Indian journal of veterinary science and animal husbandry - Volumes 15-17, 1948-1951
Year: 1948
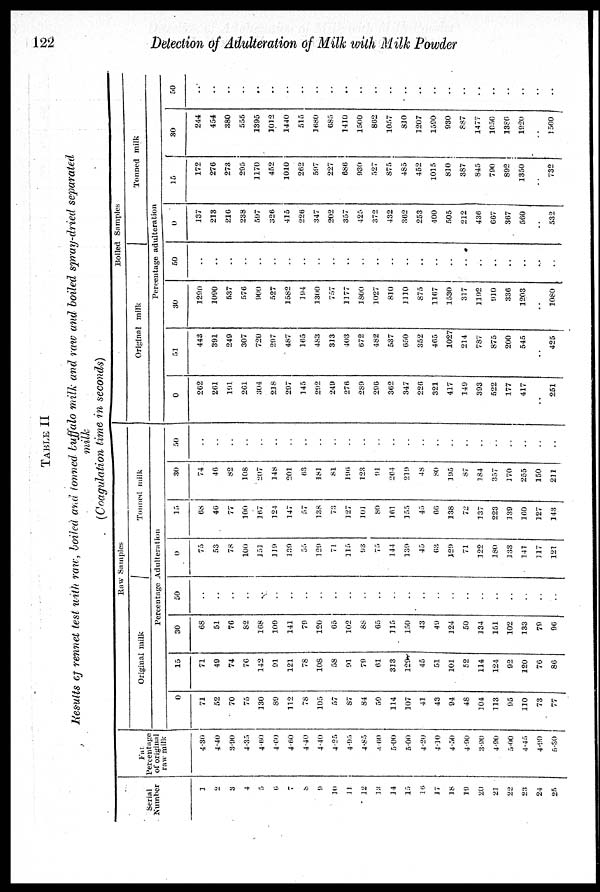
122
Detection of Adulteration of Milk with Milk Powder
TABLE II
Results of rennet test with raw, boiled and tonned buffalo milk and raw and boiled spray-dried separated
milk
(Coagulation time in seconds)
Serial
Number
1
2
3
4
5
6
7
8
9
10
11
12
13
14
15
16
17
18
19
20
21
22
23
24
25
Fat
Percentage
of original
raw milk
4.30
4.40
3.90
4.35
4.60
4.60
4.60
4.40
4.40
4.25
4.95
4.85
4.60
5.00
5.00
4.20
4.10
4.50
4.90
3.90
4.90
5.00
4.45
4.90
5.30
Raw Samples
Original milk
Tonned milk
Percentage Adulteration
0
71
52
70
75
130
89
112
78
305
57
87
84
59
114
107
41
43
94
48
104
113
95
110
73
77
15
71
49
74
76
142
91
121
78
108
58
91
79
61
313
129
45
51
101
52
114
124
92
120
76
86
30
68
51
76
82
168
109
141
79
120
65
102
88
65
115
150
43
49
124
50
134
151
102
133
79
96
50
. .
. .
. .
. .
. .
. .
. .
. .
. .
. .
. .
. .
. .
. .
. .
. .
. .
. .
. .
. .
. .
. .
. .
. .
. .
0
75
53
78
100
151
119
139
55
129
71
115
93
75
144
139
45
63
129
71
122
180
133
141
117
121
15
68
46
77
100
167
124
147
57
138
73
127
101
80
161
155
45
66
138
72
137
223
139
160
127
143
30
74
46
82
108
207
148
201
63
181
81
196
123
91
264
219
48
80
195
87
184
357
170
255
150
211
50
. .
. .
. .
. .
. .
. .
. .
. .
. .
. .
. .
. .
. .
. .
. .
. .
. .
. .
. .
. .
. .
. .
. .
. .
. .
Boiled Samples
Original milk
Tonned milk
Percentage adulteration
0
262
261
191
261
304
218
297
145
292
249
276
289
296
362
347
226
321
417
149
393
522
177
417
. .
251
51
443
391
249
307
720
297
487
165
483
313
403
672
482
537
650
352
465
1027
214
787
875
200
545
. .
425
30
1290
1090
537
576
900
527
1582
194
1300
757
1177
1800
1027
810
1110
875
1167
1530
317
1192
910
336
1203
. .
1080
50
. .
. .
. .
. .
. .
. .
. .
. .
. .
. .
. .
. .
. .
. .
. .
. .
. .
. .
. .
. .
. .
. .
. .
. .
. .
0
137
213
216
238
597
326
415
226
347
202
357
425
372
432
362
253
400
505
212
436
667
367
560
. .
532
15
172
276
273
295
1170
452
1010
262
597
227
686
930
527
875
485
452
1015
810
387
845
790
892
1350
. .
732
30
244
454
380
555
1395
1012
1440
515
1680
685
1410
1500
862
1057
810
1207
1590
930
887
1477
1050
1380
1920
. .
1500
50
. .
. .
. .
. .
. .
. .
. .
. .
. .
. .
. .
. .
. .
. .
. .
. .
. .
. .
. .
. .
. .
. .
. .
. .
. .